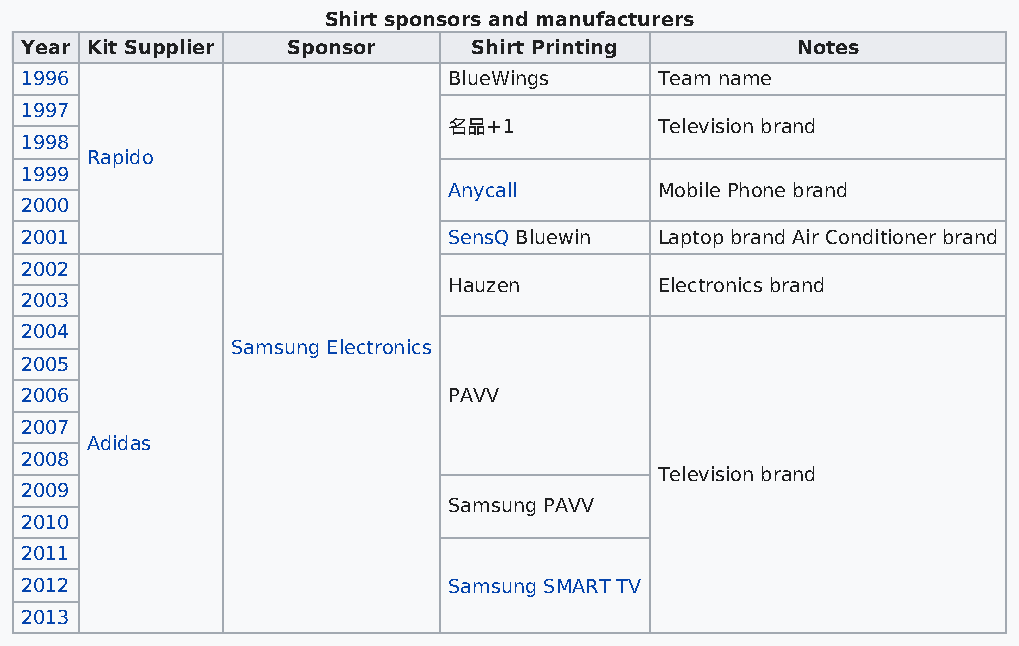
Shirt sponsors and manufacturers
 Year Kit Supplier Sponsor     Shirt Printing        Notes
 1996                         BlueWings     Team name
 1997
 名品+1          Television brand
 1998
 Rapido
 1999
 Anycall       Mobile Phone brand
 2000
 2001                         SensQ Bluewin Laptop brand Air Conditioner brand
 2002
 Hauzen        Electronics brand
 2003
 2004
 Samsung Electronics
 2005
 2006                         PAVV
 2007
 Adidas
 2008
 Television brand
 2009
 Samsung PAVV
 2010
 2011
 2012                         Samsung SMART TV
 2013